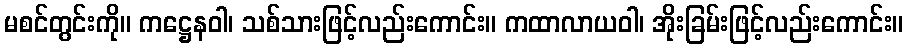
မစင်တွင်းကို။ ကဋ္ဌေနဝါ၊ သစ်သားဖြင့်လည်းကောင်း။ ကထာလာယဝါ၊ အိုးခြမ်းဖြင့်လည်းကောင်း။